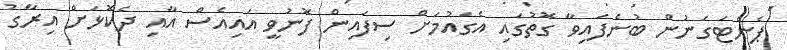
ޕެންޓަގަނުން ބުނެފައިވާ ގޮތުގައި އެގައުމަށް ސިފައިން ފޮނުވީ އައިއެސް އާއި ދެކޮޅަށް އިރާގު